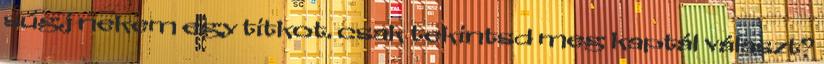
súgj nekem egy titkot. csak tekintsd meg kaptál választ?